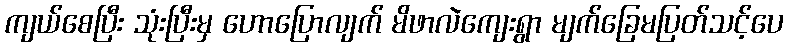
ကျယ်စေပြီး သုံးပြီးမှ ဟောပြောလျက် မိဖာလဲကျေးရွာ မျက်ခြေမပြတ်သင့်ပေ